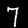
Label: 7